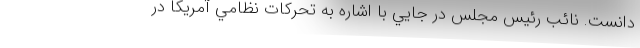
دانست. نائب ‌رئیس مجلس در جايي با اشاره به تحركات نظامي آمريكا در